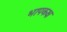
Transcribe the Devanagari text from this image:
भापकक्ष